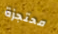
محتجزة